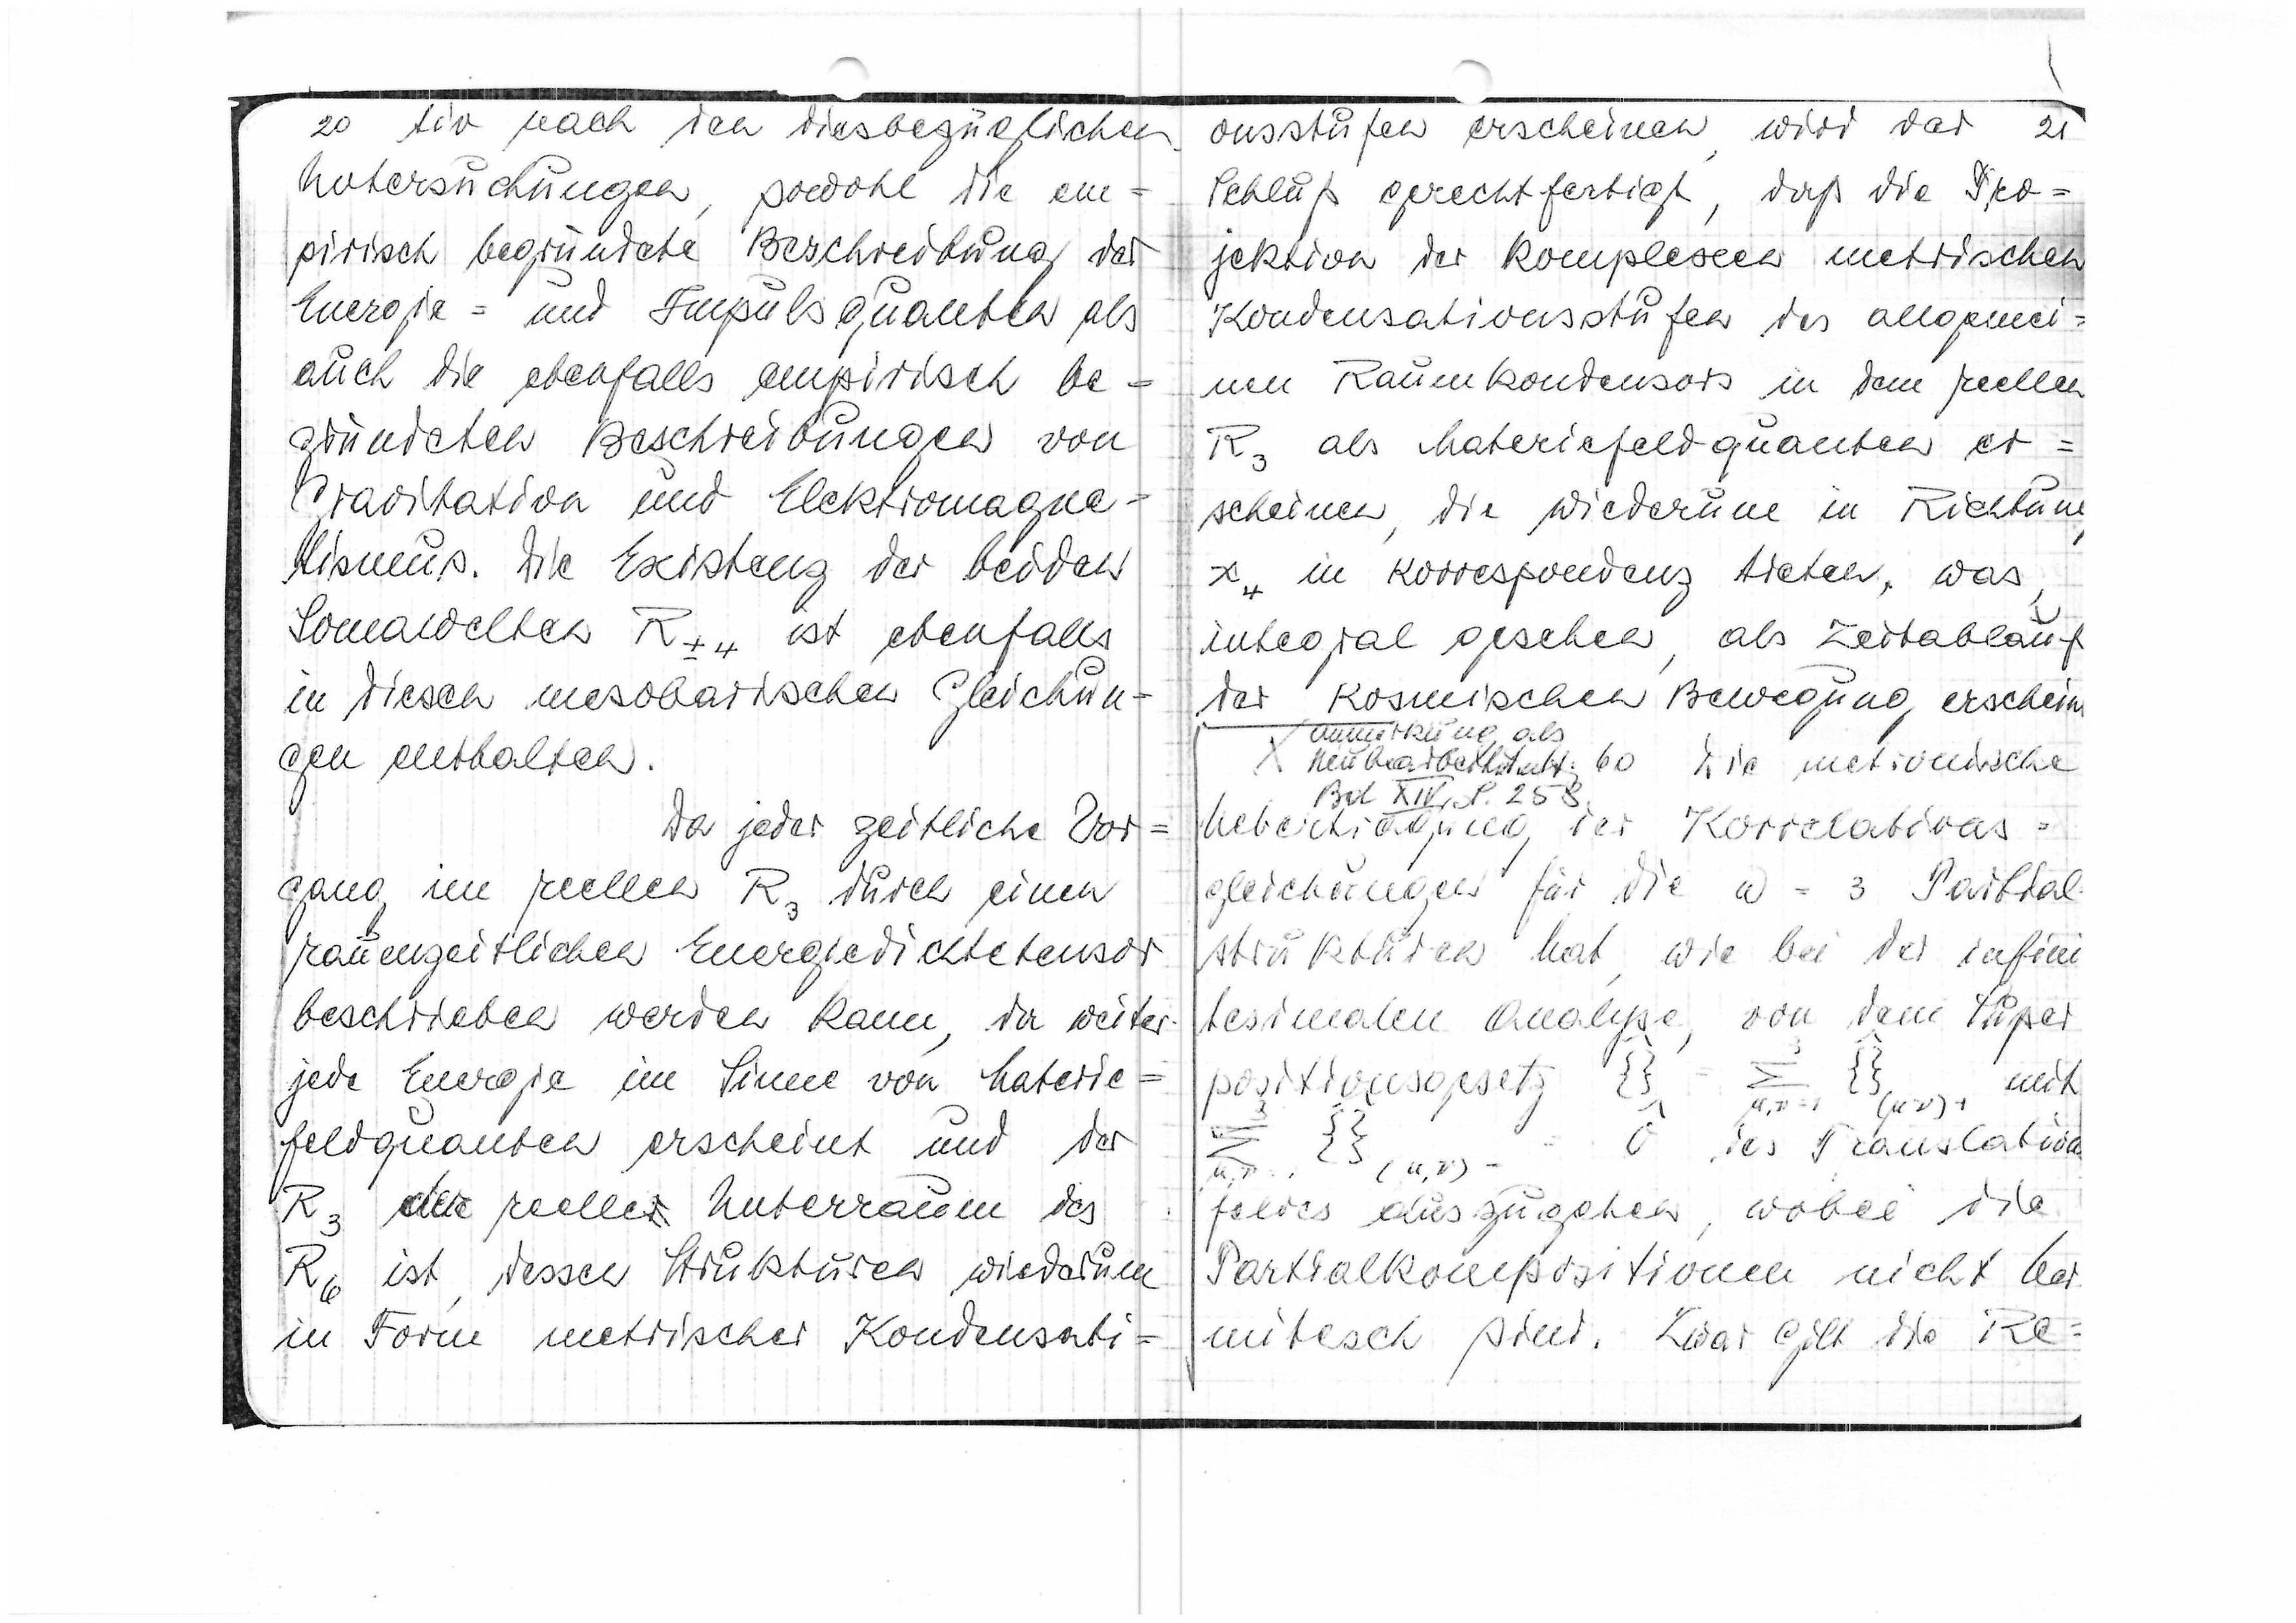
20
tiv nach den diesbezüglichen
Untersuchuzngen, sowohl die em=
pirisch begründete Beschreibung der
Energie= und Impulsquanten als
auch die ebenfalls empirisch be=
gründeten Beschreibungen von
Gravitation und Elektromagne=
tismus. Die Existenz der beiden
Somawelten R+-4 ist ebenfalls
in diesen mesobarischen Gleichun
gen enthalten.
Da jeder zeitliche Vor
gang im reellen R3 durch einen
raumzeitlichen Energiedichtetensor
beschrieben werden kann, da weiter
=
jede Energie im Sinne von Materie
feldquanten erscheint und der
der reelle Unterraum des
R3
R6 ist, dessen Struktur wiederum
in Form metrischer Kondensati=

onsstufen erscheinen, wir der
 21
Schluß gerechtfertigt, daß die Pro=
jektionen der komplexen metrischen
Kondensationsstufen des allgemei=
nen Raumkondensors in den reellen
R3 als Materiefeldquanten er=
scheinen, die wiederum in Richtung
x4 in Korrespondenz treten, was
integral gesehen als Zeitablauf
der kosmischen Bewegung erschein
Anmerkung als
60 die metronische
X
Bet XIV S. 258
Übertragung der Korrelations=
gleichungen für die w = 3 Partial
strukturen hat, wie bei der infini
tesimalen Analyse, von dem Super
positionsgesetzt

mit

des Translations
feldes auszugehen, wobei die
Partialkondensationen nicht her
mitisch sind. Zwar gilt die Re=